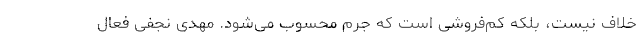
خلاف نیست، بلکه کم‌فروشی است که جرم محسوب می‌شود. مهدی نجفی فعال